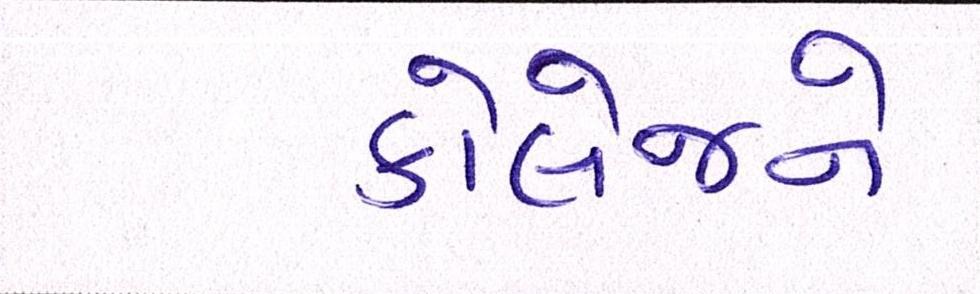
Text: કોલેજને